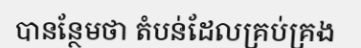
បានន្ថែមថា តំបន់ដែលគ្រប់គ្រង